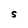
Character: S